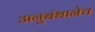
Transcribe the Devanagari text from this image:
अनुबंधानेच